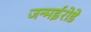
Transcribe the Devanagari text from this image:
जन्मईरोडे